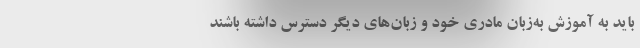
باید به آموزش به‌زبان مادری خود و زبان‌های دیگر دسترس داشته باشند